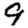
Digit: 9